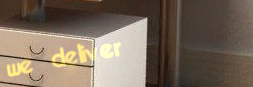
we deliver